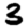
Digit: 3